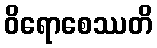
ဝိရောစေဿတိ